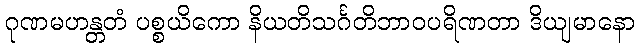
ဂုဏမဟန္တတံ ပစ္စယိကော နိယတိသင်္ဂတိဘာဝပရိဏတာ ဒိယျမာနော